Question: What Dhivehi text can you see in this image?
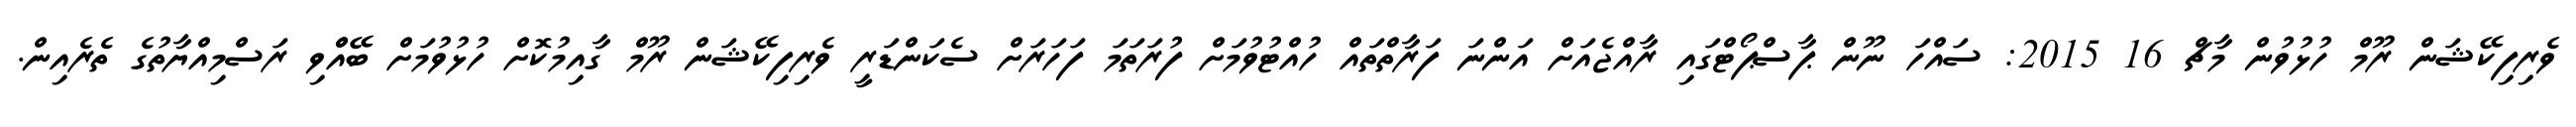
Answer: ވެރިފިކޭޝަން ރޫމް ހުޅުވުން މާޗް 16 2015: ސައްހަ ނޫން ޕާސްޕޯޓްގައި ރާއްޖެއަށް އަންނަ ފަރާތްތައް ހުއްޓުވުމަށް ފުރަތަމަ ފަހަރަށް ސެކަންޑަރީ ވެރިފިކޭޝަން ރޫމް ގާއިމުކޮށް ހުޅުވުމަށް ބޭއްްވި ރަސްމިއްޔާތުގެ ތެރެއިން.